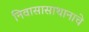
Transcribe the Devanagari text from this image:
निवासासाथानाचे